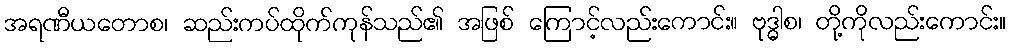
အရဏီယတောစ၊ ဆည်းကပ်ထိုက်ကုန်သည်၏ အဖြစ် ကြောင့်လည်းကောင်း။ ဗုဒ္ဓါစ၊ တို့ကိုလည်းကောင်း။